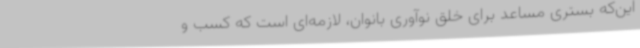
این‌که بستری مساعد برای خلق نوآوری بانوان، لازمه‌ای است که کسب و